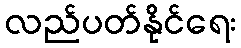
လည်ပတ်နိုင်ရေး